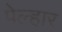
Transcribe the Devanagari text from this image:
पेल्हार